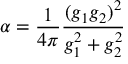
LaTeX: \alpha = { \frac { 1 } { 4 \pi } } { \frac { ( g _ { 1 } g _ { 2 } ) ^ { 2 } } { g _ { 1 } ^ { 2 } + g _ { 2 } ^ { 2 } } }